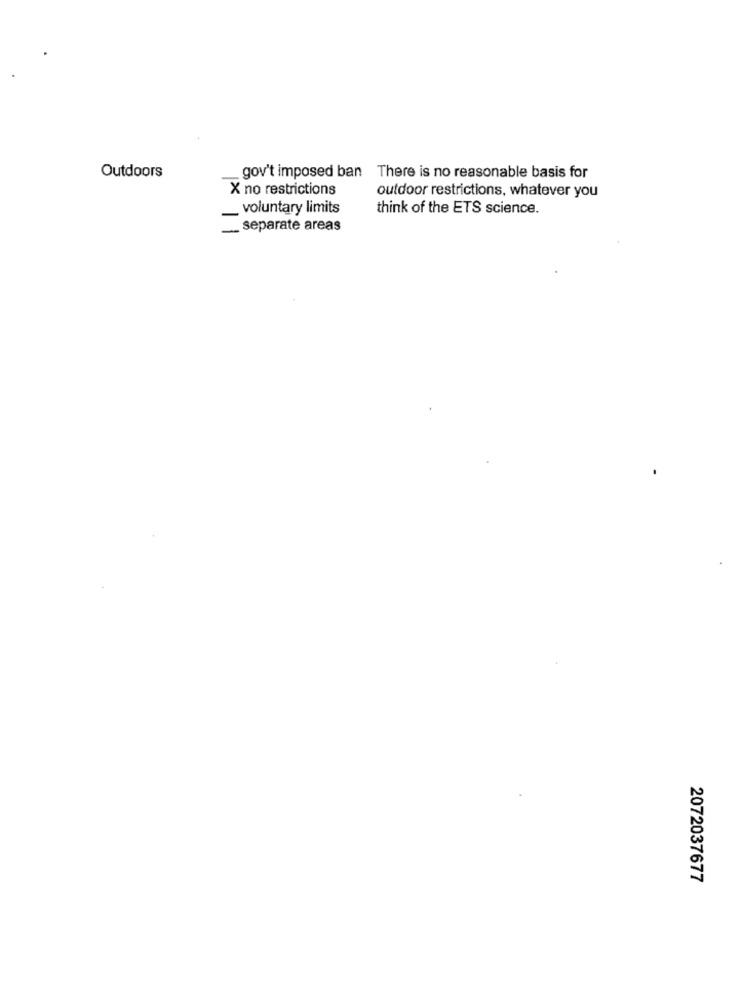
Outdoors
gov't imposed ban There is no reasonable basis for
X no restrictions
outdoor restrictions, whatever you
voluntary limits
think of the ETS science.
... separate areas
2072037677